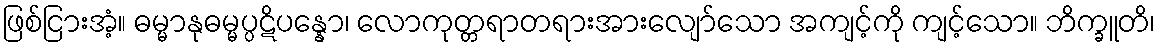
ဖြစ်ငြားအံ့။ ဓမ္မာနုဓမ္မပ္ပဋိပန္နော၊ လောကုတ္တရာတရားအားလျော်သော အကျင့်ကို ကျင့်သော။ ဘိက္ခူတိ၊